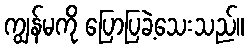
ကျွန်မကို ပြောပြခဲ့သေးသည်။